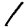
Digit: 1